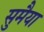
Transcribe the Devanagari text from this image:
सुमैया